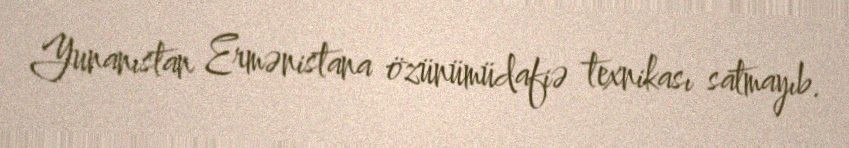
Yunanıstan Ermənistana özünümüdafiə texnikası satmayıb.